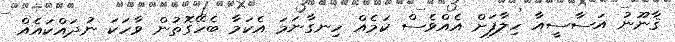
ޤާނޫނު އަސާސީއާ ހިލާފަށް އެއްވެސް ކަމެއް ހިނގާނަމަ އެކަމާ ބެހޭގޮތުން ވާހަކަ ނުދައްކައެއް